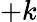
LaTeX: +k